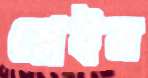
শ্লেইম